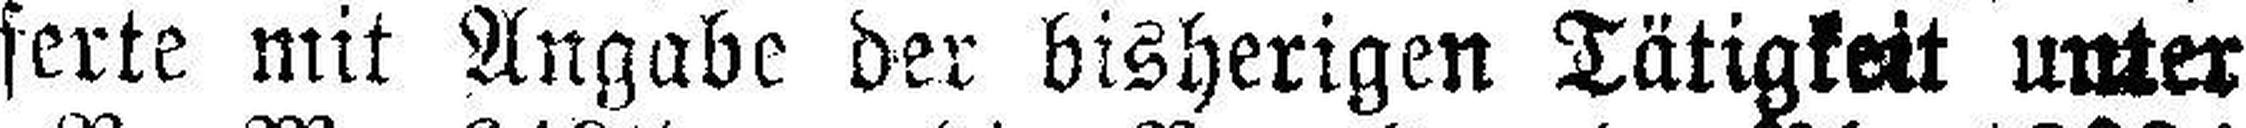
ferte mit Angabe der bisherigen Tätigkeit unter